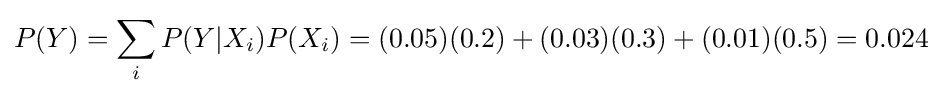
P(Y)=\sum _{i}P(Y|X_{i})P(X_{i})=(0.05)(0.2)+(0.03)(0.3)+(0.01)(0.5)=0.024